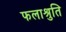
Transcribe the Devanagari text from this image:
फलाश्रुति